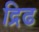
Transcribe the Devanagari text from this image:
द्रिढ